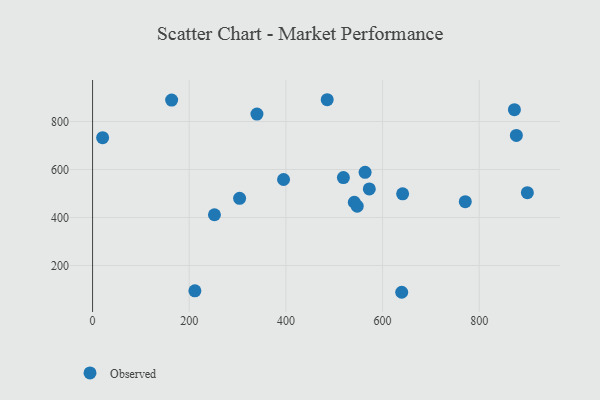
{"axis": {"x": "Distance", "y": "Demand"}, "legend": ["Observed"], "data": [{"x": "340.1", "y": 830.7, "type": "Observed"}, {"x": "20.8", "y": 732.7, "type": "Observed"}, {"x": "211.7", "y": 94.5, "type": "Observed"}, {"x": "641.6", "y": 498.6, "type": "Observed"}, {"x": "876.9", "y": 741.8, "type": "Observed"}, {"x": "563.9", "y": 588.1, "type": "Observed"}, {"x": "163.6", "y": 889.2, "type": "Observed"}, {"x": "541.6", "y": 463.5, "type": "Observed"}, {"x": "547.6", "y": 447.0, "type": "Observed"}, {"x": "872.9", "y": 849.4, "type": "Observed"}, {"x": "519.0", "y": 566.5, "type": "Observed"}, {"x": "572.6", "y": 518.9, "type": "Observed"}, {"x": "485.5", "y": 890.7, "type": "Observed"}, {"x": "899.7", "y": 503.2, "type": "Observed"}, {"x": "771.2", "y": 466.0, "type": "Observed"}, {"x": "304.2", "y": 479.9, "type": "Observed"}, {"x": "252.2", "y": 411.5, "type": "Observed"}, {"x": "639.7", "y": 88.4, "type": "Observed"}, {"x": "395.2", "y": 558.2, "type": "Observed"}]}